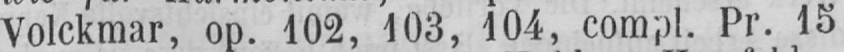
Volckmar, op. 102, 103, 104, compl. Pr. 15